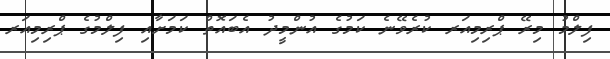
ފިލްމު މިރޭ ޕްރިމިއަރ ކުރެވޭނެ ކަމުގެ އުންމީދު އެބައޮތް ކަމަށާއި ފިލްމުގެ ޕްރިމިއަރ